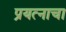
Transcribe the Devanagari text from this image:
प्रयत्‍नाचा